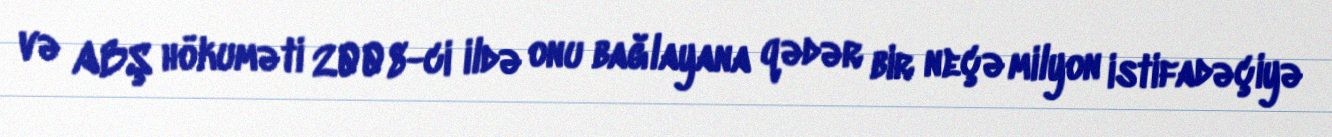
və ABŞ hökuməti 2008-ci ildə onu bağlayana qədər bir neçə milyon istifadəçiyə